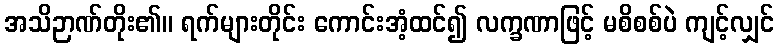
အသိဉာဏ်တိုး၏။ ရက်များတိုင်း ကောင်းအံ့ထင်၍ လက္ခဏာဖြင့် မစိစစ်ပဲ ကျင့်လျှင်